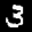
Label: 3